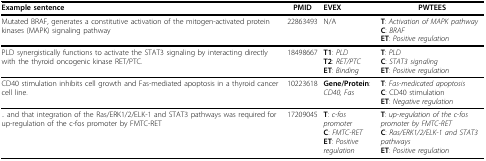
| Example sentence | PMID | EVEX | PWTEES |
 | --- | --- | --- | --- |
 | Mutated BRAF, generates a constitutive activation of the mitogen-activated protein kinases (MAPK) signaling pathway | 22863493 | N/A | T: Activation of MAPK pathwayC: BRAFET: Positive regulation |
 | PLD synergistically functions to activate the STAT3 signaling by interacting directly with the thyroid oncogenic kinase RET/PTC. | 18498667 | T1: PLDT2: RET/PTCET: Binding | T: PLDC: STAT3 signalingET: Positive regulation |
 | CD40 stimulation inhibits cell growth and Fas-mediated apoptosis in a thyroid cancer cell line. | 10223618 | Gene/Protein: CD40, Fas | T: Fas-medicated apoptosisC: CD40 stimulationET: Negative regulation |
 | .. and that integration of the Ras/ERK1/2/ELK-1 and STAT3 pathways was required for up-regulation of the c-fos promoter by FMTC-RET | 17209045 | T: c-fos promoterC: FMTC-RETET: Positive regulation | T: up-regulation of the c-fos promoter by FMTC-RETC: Ras/ERK1/2/ELK-1 and STAT3 pathwaysET: Positive regulation |